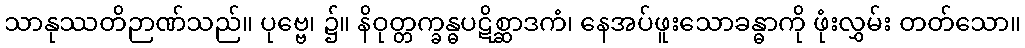
သာနုဿတိဉာဏ်သည်။ ပုဗ္ဗေ၊ ၌။ နိဝုတ္တက္ခန္ဓပဋိစ္ဆာဒကံ၊ နေအပ်ဖူးသောခန္ဓာကို ဖုံးလွှမ်း တတ်သော။